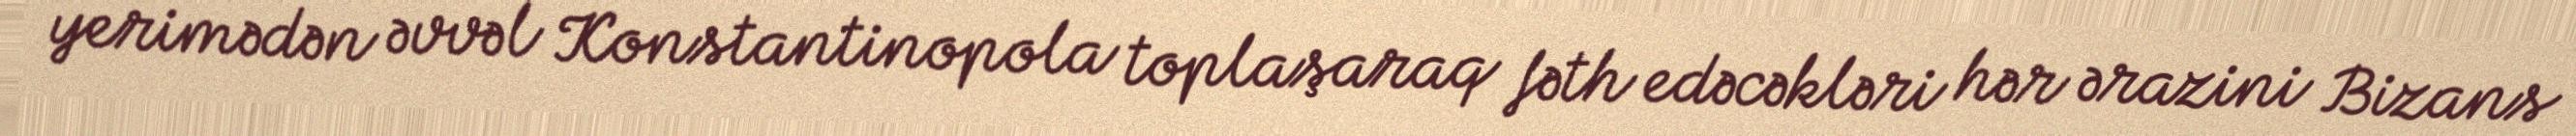
yerimədən əvvəl Konstantinopola toplaşaraq fəth edəcəkləri hər ərazini Bizans